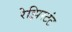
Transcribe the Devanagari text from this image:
रेझिस्टंट